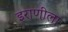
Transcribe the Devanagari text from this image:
इराणीला